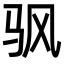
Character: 𬳳